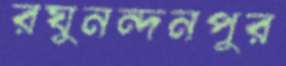
রঘুনন্দনপুর